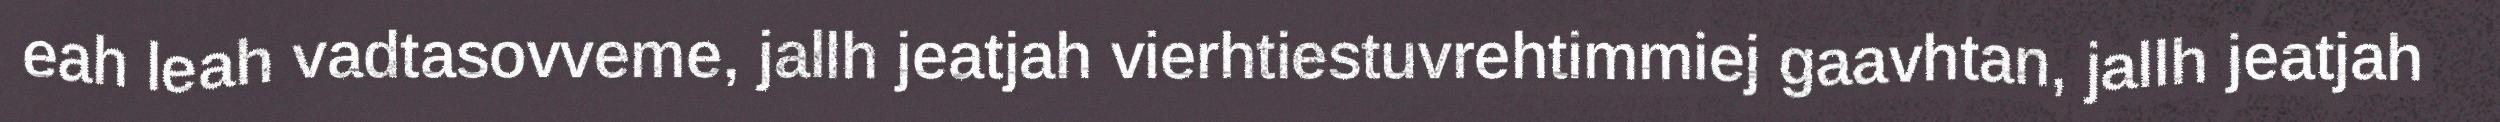
eah leah vadtasovveme, jallh jeatjah vierhtiestuvrehtimmiej gaavhtan, jallh jeatjah